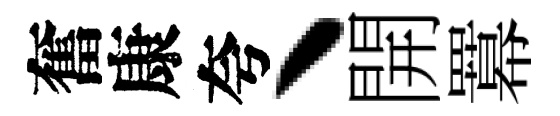
奮康夸丶開羃